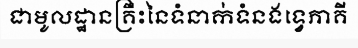
ជាមូលដ្ឋានគ្រឹះនៃទំនាក់ទំនងទ្វេភាគី